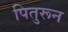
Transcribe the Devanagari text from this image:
पितुरून